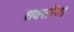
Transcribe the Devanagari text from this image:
शक्‍तींचा